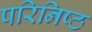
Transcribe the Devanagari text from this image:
परिनिष्ठ